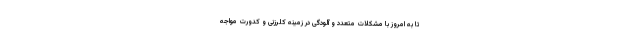
تا به امروز با مشکلات متعدد و آلودگی‌ در زمینه کلرزنی و کدورت مواجه